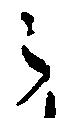
之